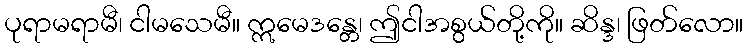
ပုရာမရာမီ၊ ငါမသေမီ။ ဣမေဒန္တေ၊ ဤငါအစွယ်တို့ကို။ ဆိန္ဒ၊ ဖြတ်လော။